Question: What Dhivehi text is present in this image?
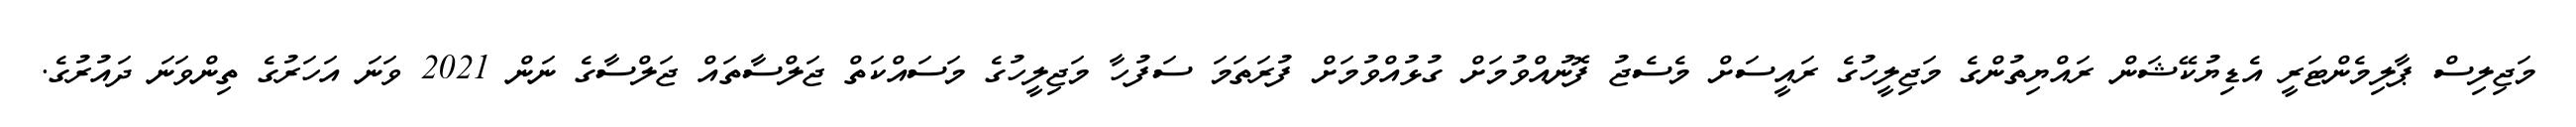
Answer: މަޖިލިސް ޕާލިމެންޓަރީ އެޑިޔުކޭޝަން ރައްޔިތުންގެ މަޖިލީހުގެ ރައީސަށް މެސެޖު ފޮނުއްވުމަށް ގުޅުއްވުމަށް ފުރަތަމަ ސަފުހާ މަޖިލީހުގެ މަސައްކަތް ޖަލްސާތައް ޖަލްސާގެ ނަން 2021 ވަނަ އަހަރުގެ ތިންވަނަ ދައުރުގެ.